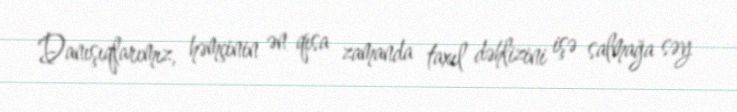
Danışıqlarımız, həmçinin ən qısa zamanda taxıl dəhlizini işə salmağa səy